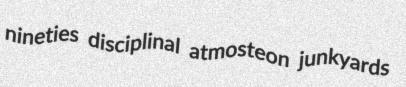
nineties disciplinal atmosteon junkyards